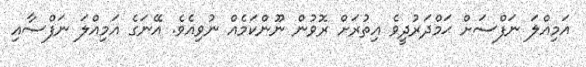
އަމިއްލަ ނަފްސަށް ޙަމްދަރުދީވެ އިތުރަށް ރޮވުން ނޫންކަމެއް ނުވިއެވެ. އޭނަގެ އަމިއްލަ ނަފްސާއި